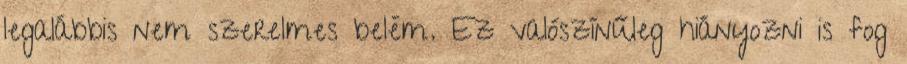
legalábbis nem szerelmes belém. Ez valószínűleg hiányozni is fog